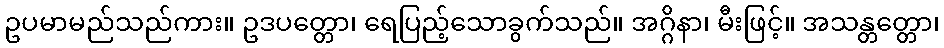
ဥပမာမည်သည်ကား။ ဥဒပတ္တော၊ ရေပြည့်သောခွက်သည်။ အဂ္ဂိနာ၊ မီးဖြင့်။ အသန္တတ္တော၊